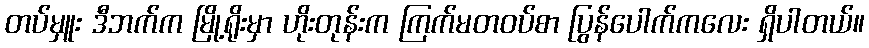
တပ်မှူး ဒီဘက်က မြို့ရိုးမှာ ဟိုးတုန်းက ကြက်မတဝပ်စာ ပြွန်ပေါက်ကလေး ရှိပါတယ်။